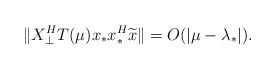
\begin{align*}\|X_{\bot}^{H}T(\mu)x_{*}x_{*}^{H}\widetilde{x}\|=O(|\mu-\lambda_{*}|).\end{align*}